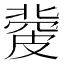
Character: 𥀅